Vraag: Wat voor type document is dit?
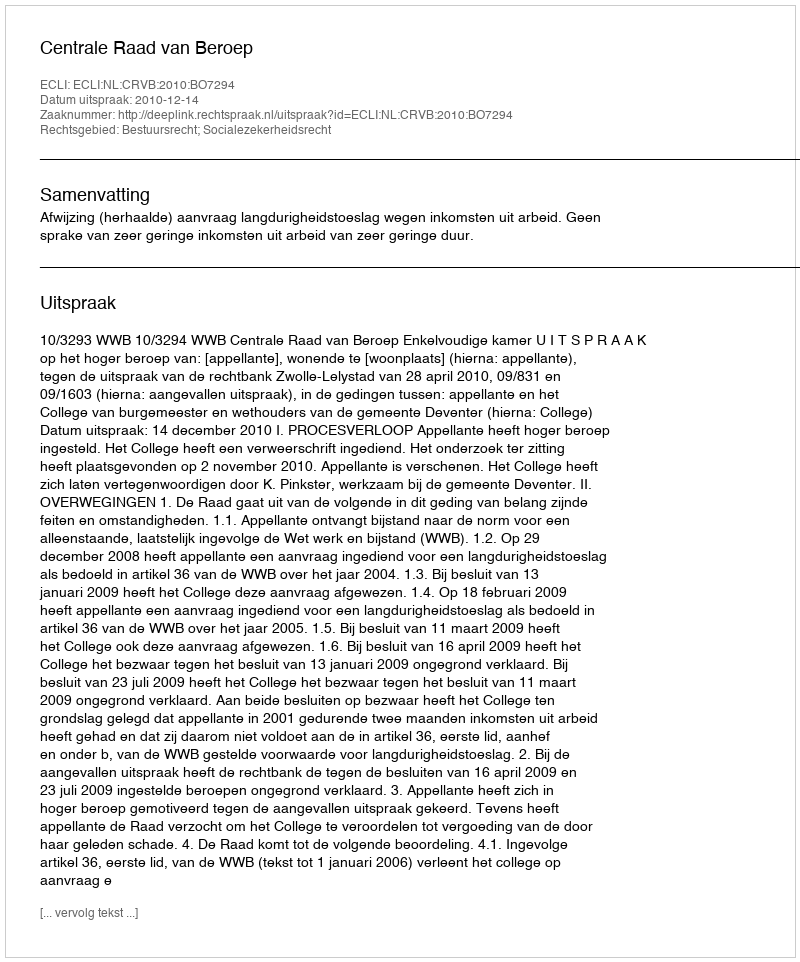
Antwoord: Uitspraak